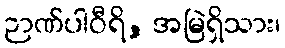
ဉာဏ်ပါဝီရိ, အမြဲရှိသား၊